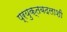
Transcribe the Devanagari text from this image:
प्रयुक्तबदलाशी